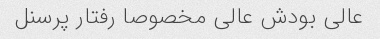
عالی بودش عالی مخصوصا رفتار پرسنل